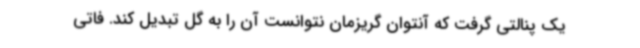
یک پنالتی گرفت که آنتوان گریزمان نتوانست آن را به گل تبدیل کند. فاتی